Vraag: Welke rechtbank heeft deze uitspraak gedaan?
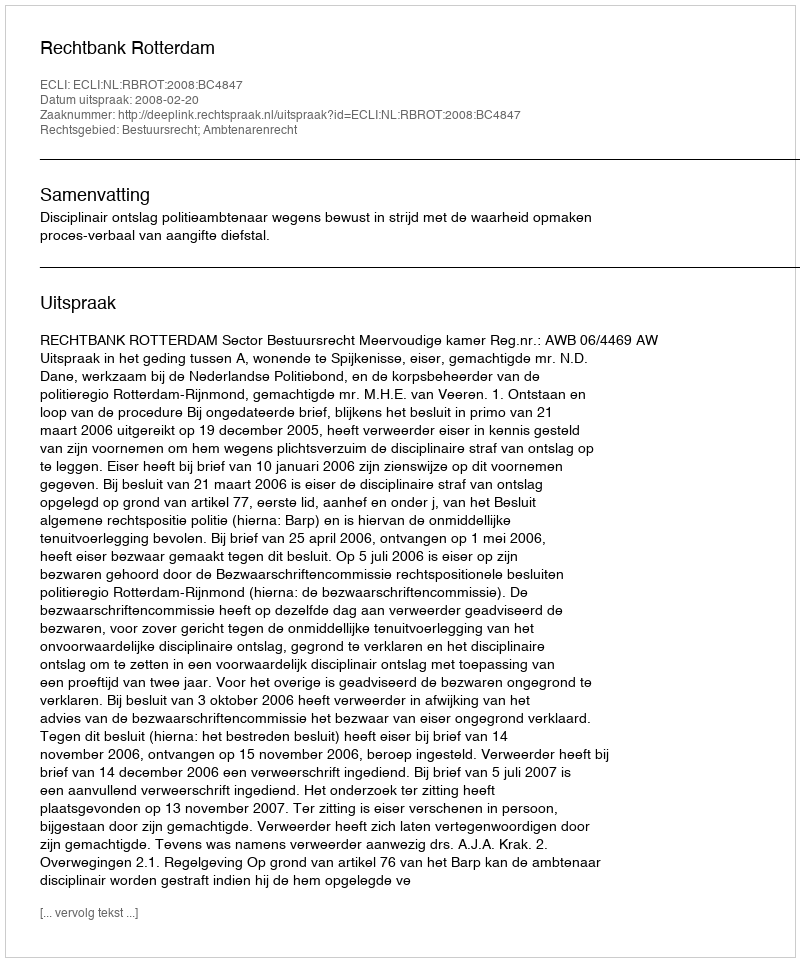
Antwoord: Rechtbank Rotterdam